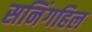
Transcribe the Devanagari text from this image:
सनिंगहिल